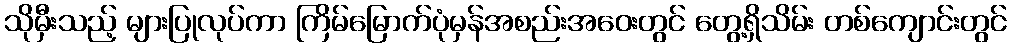
သိုမှီးသည့် များပြုလုပ်ကာ ကြိမ်မြောက်ပုံမှန်အစည်းအဝေးတွင် တွေ့ရှိသိမ်း တစ်ကျောင်းတွင်